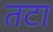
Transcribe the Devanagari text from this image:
तटा